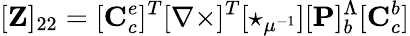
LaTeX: [\mathbf{Z}]_{22}=[\mathbf{C}_{c}^{e}]^{T}[\mathbf{\nabla\times}]^{T}[\star_{\mu^{-1}}][\mathbf{P}]_{b}^{\Lambda}[\mathbf{C}_{c}^{b}]